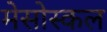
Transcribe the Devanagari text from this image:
मेसोस्कल